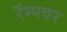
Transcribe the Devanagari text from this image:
रॅम्पवर